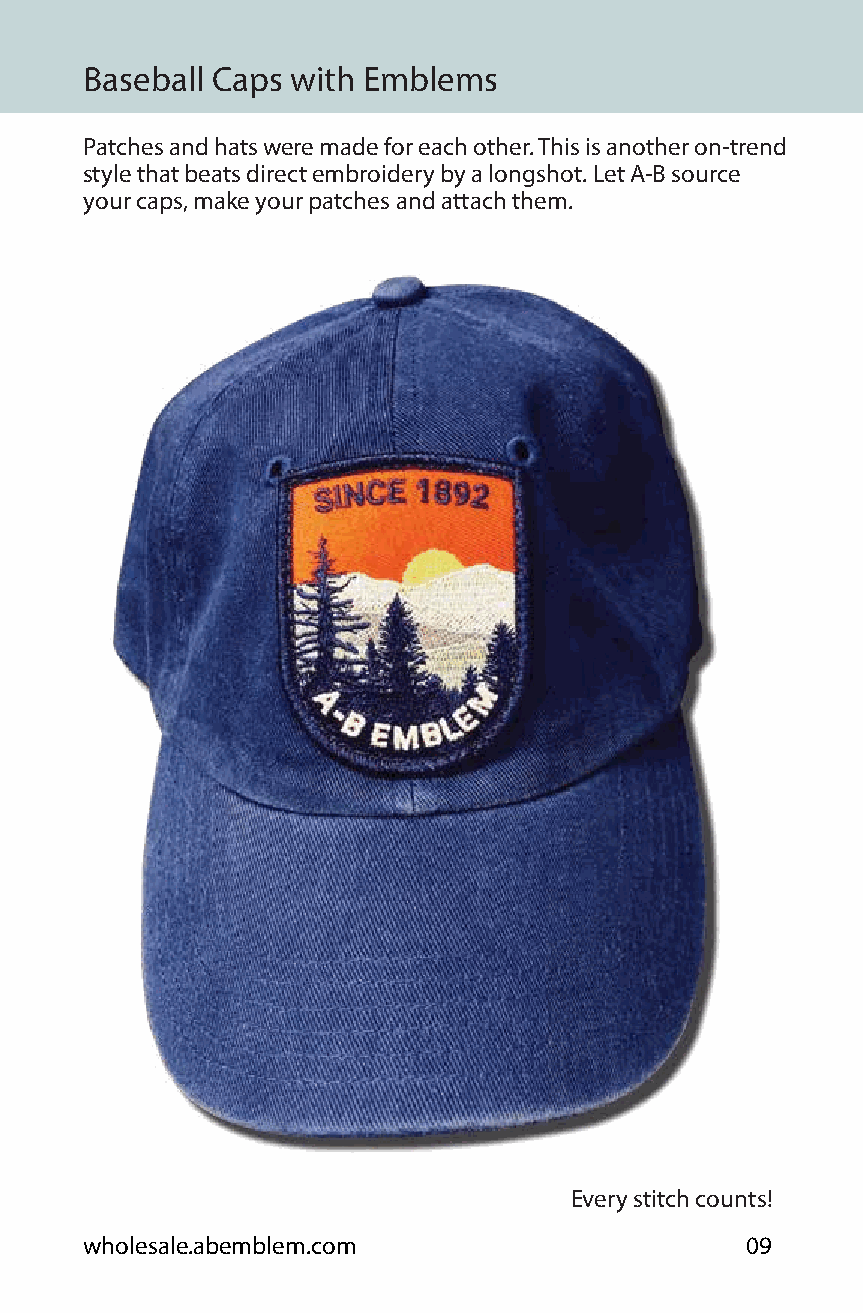
Baseball Caps with Emblems
 Patches and hats were made for each other. This is another on-trend
 style that beats direct embroidery by a longshot. Let A-B source
 your caps, make your patches and attach them.
 Every stitch counts!
 wholesale.abemblem.com                     09